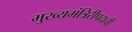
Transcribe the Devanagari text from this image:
मुख्यमंत्रिरीपदाची